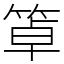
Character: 䈇